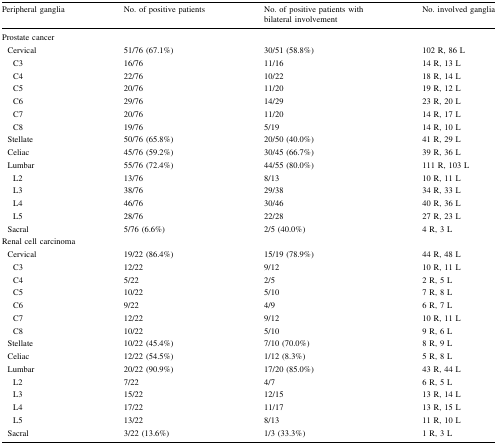
<table><thead><tr><td><b>Peripheral ganglia</b></td><td><b>No. of positive patients</b></td><td><b>No. of positive patients with bilateral involvement</b></td><td><b>No. involved ganglia</b></td></tr></thead><tbody><tr><td colspan="4">Prostate cancer</td></tr><tr><td> Cervical</td><td>51/76 (67.1%)</td><td>30/51 (58.8%)</td><td>102 R, 86 L</td></tr><tr><td>C3</td><td>16/76</td><td>11/16</td><td>14 R, 13 L</td></tr><tr><td>C4</td><td>22/76</td><td>10/22</td><td>18 R, 14 L</td></tr><tr><td>C5</td><td>20/76</td><td>11/20</td><td>19 R, 12 L</td></tr><tr><td>C6</td><td>29/76</td><td>14/29</td><td>23 R, 20 L</td></tr><tr><td>C7</td><td>20/76</td><td>11/20</td><td>14 R, 17 L</td></tr><tr><td>C8</td><td>19/76</td><td>5/19</td><td>14 R, 10 L</td></tr><tr><td> Stellate</td><td>50/76 (65.8%)</td><td>20/50 (40.0%)</td><td>41 R, 29 L</td></tr><tr><td> Celiac</td><td>45/76 (59.2%)</td><td>30/45 (66.7%)</td><td>39 R, 36 L</td></tr><tr><td> Lumbar</td><td>55/76 (72.4%)</td><td>44/55 (80.0%)</td><td>111 R, 103 L</td></tr><tr><td>L2</td><td>13/76</td><td>8/13</td><td>10 R, 11 L</td></tr><tr><td>L3</td><td>38/76</td><td>29/38</td><td>34 R, 33 L</td></tr><tr><td>L4</td><td>46/76</td><td>30/46</td><td>40 R, 36 L</td></tr><tr><td>L5</td><td>28/76</td><td>22/28</td><td>27 R, 23 L</td></tr><tr><td> Sacral</td><td>5/76 (6.6%)</td><td>2/5 (40.0%)</td><td>4 R, 3 L</td></tr><tr><td colspan="4">Renal cell carcinoma</td></tr><tr><td> Cervical</td><td>19/22 (86.4%)</td><td>15/19 (78.9%)</td><td>44 R, 48 L</td></tr><tr><td>C3</td><td>12/22</td><td>9/12</td><td>10 R, 11 L</td></tr><tr><td>C4</td><td>5/22</td><td>2/5</td><td>2 R, 5 L</td></tr><tr><td>C5</td><td>10/22</td><td>5/10</td><td>7 R, 8 L</td></tr><tr><td>C6</td><td>9/22</td><td>4/9</td><td>6 R, 7 L</td></tr><tr><td>C7</td><td>12/22</td><td>9/12</td><td>10 R, 11 L</td></tr><tr><td>C8</td><td>10/22</td><td>5/10</td><td>9 R, 6 L</td></tr><tr><td> Stellate</td><td>10/22 (45.4%)</td><td>7/10 (70.0%)</td><td>8 R, 9 L</td></tr><tr><td> Celiac</td><td>12/22 (54.5%)</td><td>1/12 (8.3%)</td><td>5 R, 8 L</td></tr><tr><td> Lumbar</td><td>20/22 (90.9%)</td><td>17/20 (85.0%)</td><td>43 R, 44 L</td></tr><tr><td>L2</td><td>7/22</td><td>4/7</td><td>6 R, 5 L</td></tr><tr><td>L3</td><td>15/22</td><td>12/15</td><td>13 R, 14 L</td></tr><tr><td>L4</td><td>17/22</td><td>11/17</td><td>13 R, 15 L</td></tr><tr><td>L5</td><td>13/22</td><td>8/13</td><td>11 R, 10 L</td></tr><tr><td> Sacral</td><td>3/22 (13.6%)</td><td>1/3 (33.3%)</td><td>1 R, 3 L</td></tr></tbody></table>